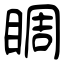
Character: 睭